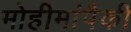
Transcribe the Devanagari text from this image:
मोहीमांपैकी